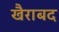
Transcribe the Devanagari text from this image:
खैराबद